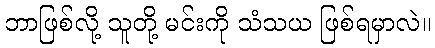
ဘာဖြစ်လို့ သူတို့ မင်းကို သံသယ ဖြစ်ရမှာလဲ။